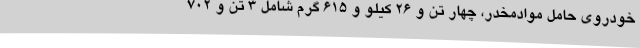
خودروی حامل موادمخدر، چهار تن و 26 کیلو و 615 گرم شامل 3 تن و 702